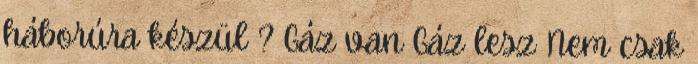
háborúra készül ? Gáz van Gáz lesz Nem csak